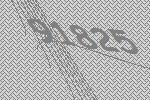
91825